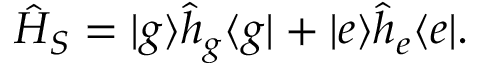
\hat { H } _ { S } = | g \rangle \hat { h } _ { g } \langle g | + | e \rangle \hat { h } _ { e } \langle e | .